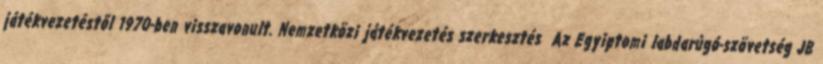
játékvezetéstől 1970-ben visszavonult. Nemzetközi játékvezetés szerkesztés Az Egyiptomi labdarúgó-szövetség JB